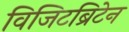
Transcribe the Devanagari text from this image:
विजिटब्रिटेन